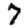
Digit: 7